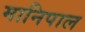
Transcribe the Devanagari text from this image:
मानिपाल